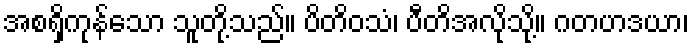
အစရှိကုန်သော သူတို့သည်။ ပိတိဝသံ၊ ပီတိအလိုသို့။ ဂတဟဒယာ၊